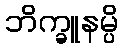
ဘိက္ခူနမ္ပိ